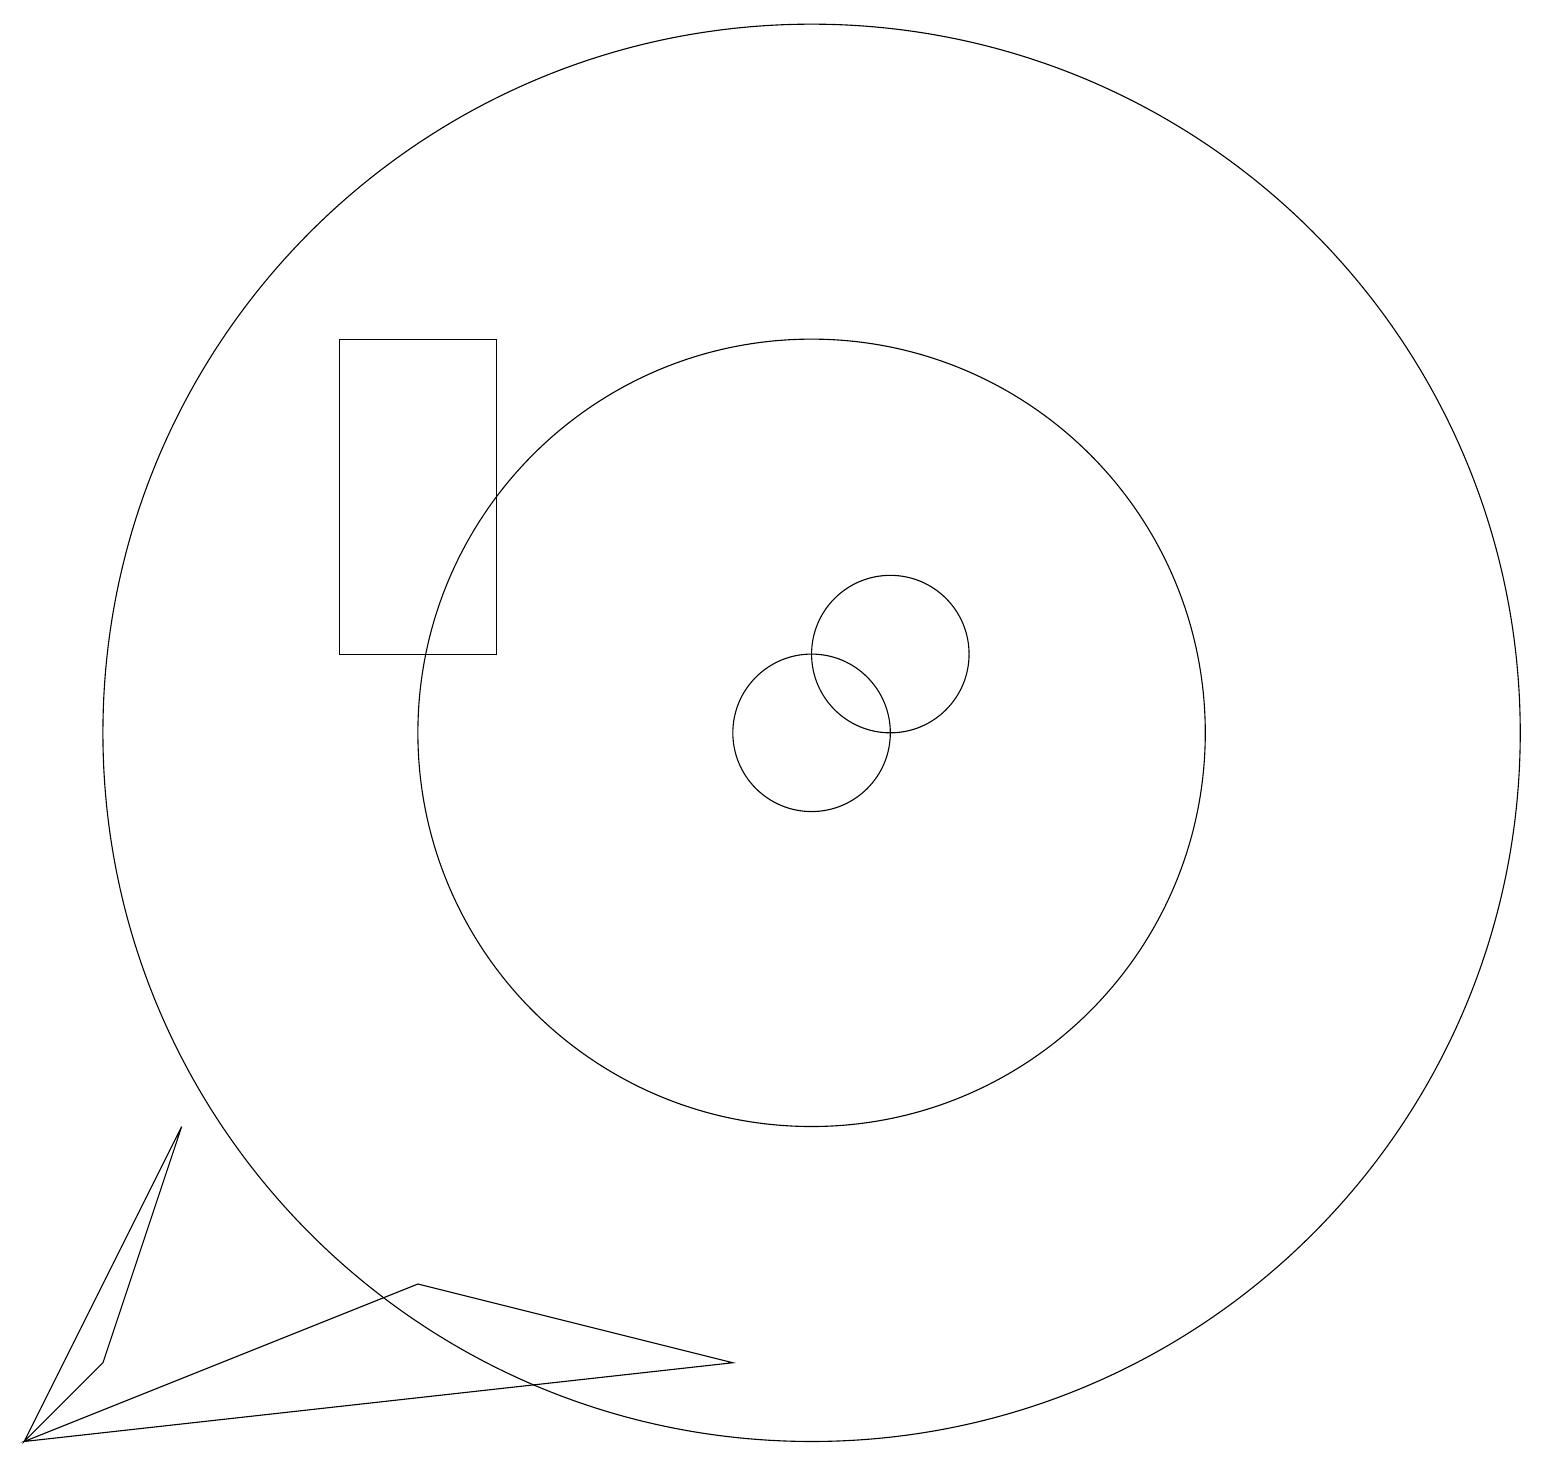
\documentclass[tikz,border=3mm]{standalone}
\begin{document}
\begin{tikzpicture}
\draw (11,11) circle (1);
\draw (2,5) -- (1,2) -- (0,1) -- cycle;
\draw (5,3) -- (0,1) -- (9,2) -- cycle;
\draw (10,10) circle (1);
\draw (4,11) rectangle (6,15);
\draw (10,10) circle (5);
\draw (10,10) circle (9);
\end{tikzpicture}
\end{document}